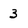
Character: 3